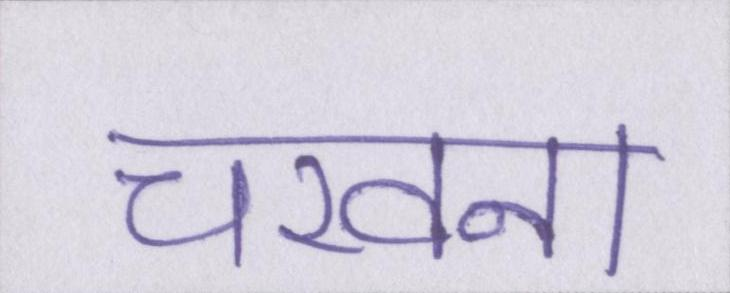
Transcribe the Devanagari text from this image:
चखना